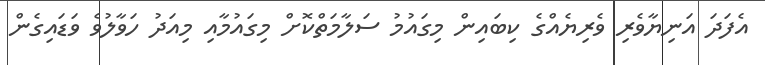
އެފަދަ އަނިޔާވެރި ވެރިޔެއްގެ ކިބައިން މިގައުމު ސަލާމަތްކޮށް މިގައުމާއި މިއަދު ހަވާލުވެ ވަޑައިގެން